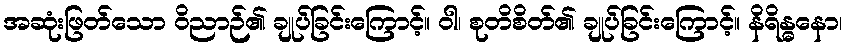
အဆုံးဖြတ်သော ဝိညာဉ်၏ ချုပ်ခြင်းကြောင့်။ ဝါ၊ စုတိစိတ်၏ ချုပ်ခြင်းကြောင့်။ နိရိန္ဓနော၊